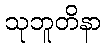
သုဘူတိနာ